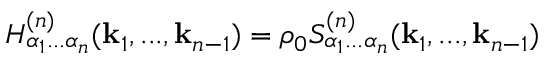
H _ { \alpha _ { 1 } . . . \alpha _ { n } } ^ { ( n ) } ( \mathbf { k } _ { 1 } , . . . , \mathbf { k } _ { n - 1 } ) = \rho _ { 0 } S _ { \alpha _ { 1 } . . . \alpha _ { n } } ^ { ( n ) } ( \mathbf { k } _ { 1 } , . . . , \mathbf { k } _ { n - 1 } )